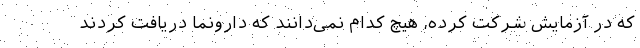
که در آزمایش شرکت کرده، هیچ کدام نمی‌دانند که دارونما دریافت کردند